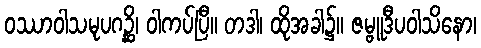
ဝဿာဝါသမုပဂဉ္ဆိ၊ ဝါကပ်ပြီ။ တဒါ၊ ထိုအခါ၌။ ဇမ္ဗူဒီပဝါသိနော၊